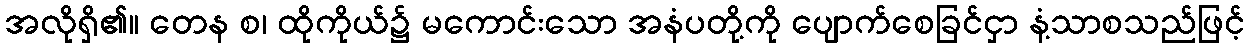
အလိုရှိ၏။ တေန စ၊ ထိုကိုယ်၌ မကောင်းသော အနံပတို့ကို ပျောက်စေခြင်ငှာ နံ့သာစသည်ဖြင့်